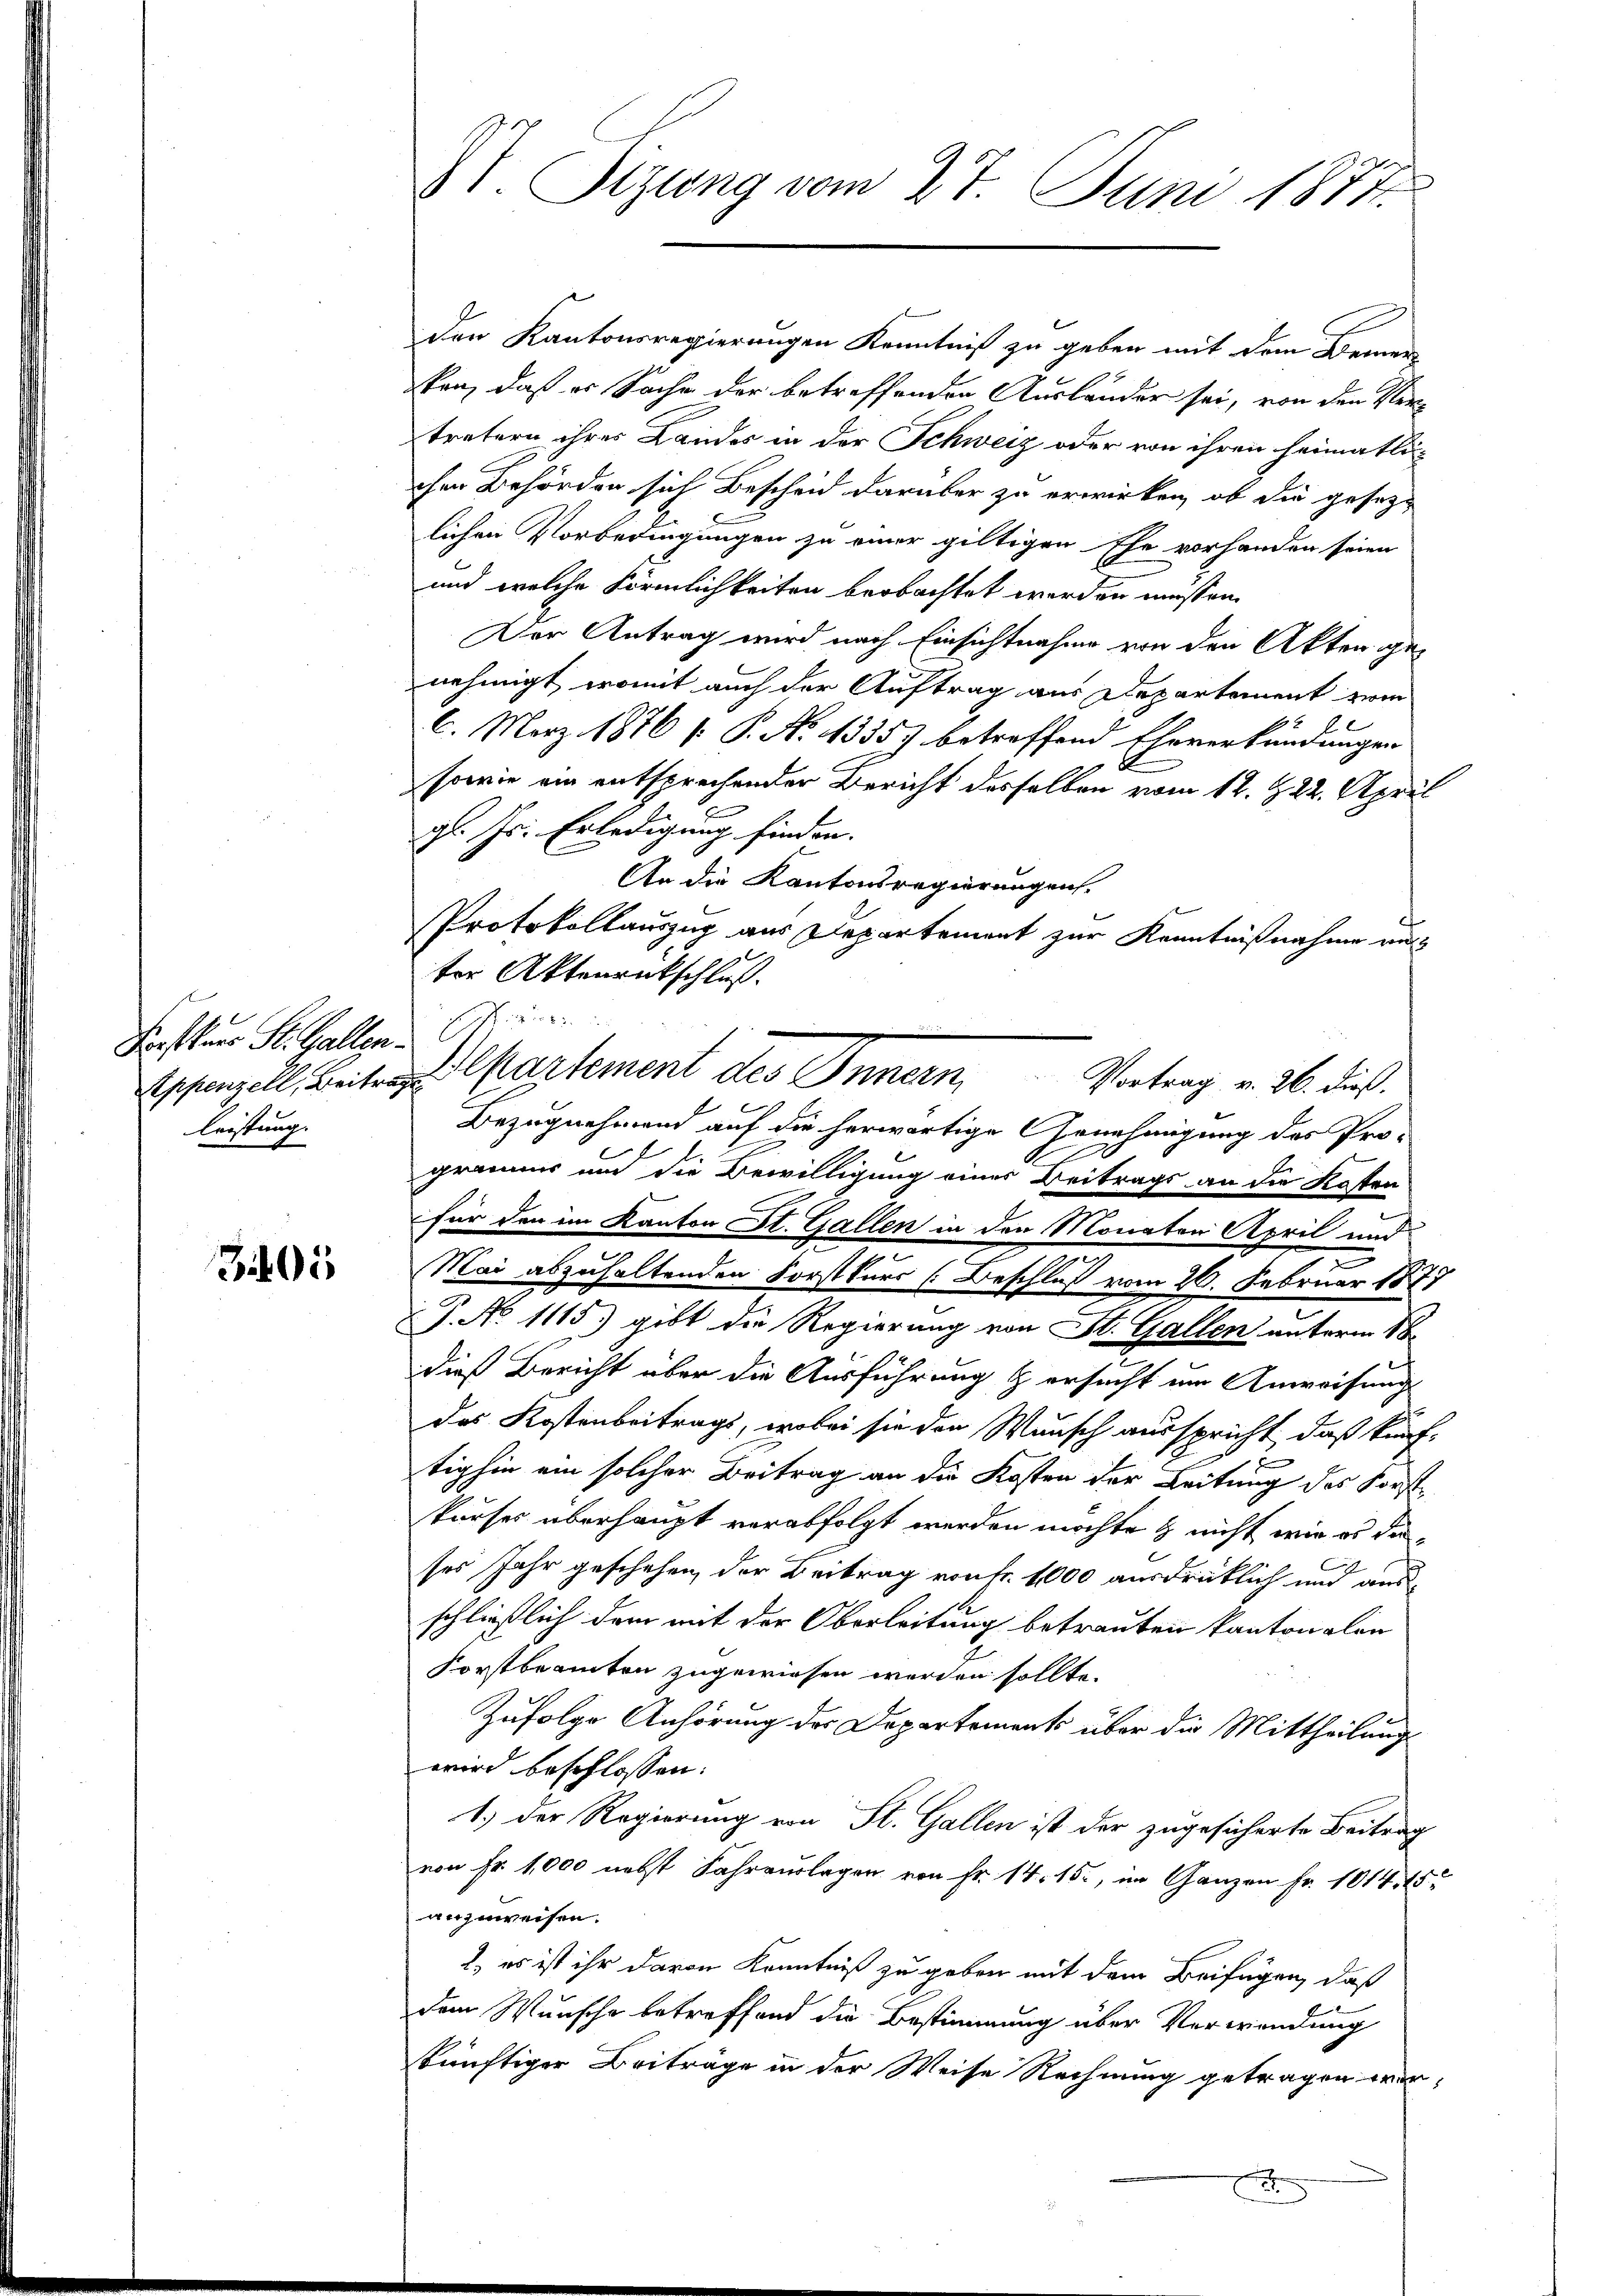
Fraskurs St. Gallen
leistung.

305

XI. Sitzung vom 27. Juni 1874.

den Kantonsregierungen Kenntniß zu geben mit dem Bemer-
iten, daß er Sache der betreffenden Ausländer sei, von den Vertretern ihrer Landes in der Schweiz oder von ihren heimatli
chen Behörden sich Bescheid darüber zu erwirken, ob die gesetz-
lichen Vorbedingungen zu einer giltigen Ehe vorhanden seien
und welche Förmlichkeiten beobachtet werden müssen.
Der Antrag wird nach Einsichtnahme von den Akten genehmigt, womit auch der Auftrag aus Departement zum
6. März 1876 f. P. No 1355) betreffend Eheverkündungen
sowie ein entsprechender Bericht desselben vom 12. 22. April
gl. Js. Erledigung finden.
An die Kantonsregierungen.
Protokollauszug aus Departement zur Kenntnißnahme aus
ter Aktenrückschluß.
Bezugnehmend auf die herwärtige Genehmigung des Pro-
grammer und die Bewilligung eines Beitrags an die Katen
für den im Kanton St. Gallen in den Monaten April und
Mai abzuhaltenden Forstkurs (Beschluß vom 26. Februar 1877
P. No 1115) gibt die Regierung von St. Gallen unterm 18.
dieß Bericht über die Ausführung & ersucht um Anweisung
das Kostenbeitrags, wobei sie den Wunsch ausspricht, daß künf-
tighin ein solcher Beitrag an die Kosten der Leitung des Forstkurses überhaupt verabfolgt werden möchte & nicht wir es dases Jahr geschehen, der Beitrag von Fr. 1000 ausdrücklich und aus
schließlich dem mit der Oberleitung betrauten kantonalen
Forstbeamten zugewiesen werden sollte.
Zufolge Anhörung der Departements über die Mittheilung
wird beschlossen:
1.) Der Regierung von St. Gallen ist der zugesicherte Beitrag
von Fr. 1,000 nebst Fahrauslagen von Fr. 14. 15., im Ganzen Fr. 1014. 15
anzuweisen.
) es ist ihr davon Kenntniß zu geben mit dem Beifügen, daß
dem Wunsche betreffend die Bestimmung über Verwendung
künftiger Beiträge in der Weise Rechnung getragen werf

Appenzell, Beitra partement des Innern, Vortrag v. 26. dieß.